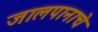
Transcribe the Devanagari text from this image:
जालपानाचे